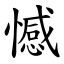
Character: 憾